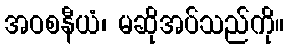
အဝစနီယံ၊ မဆိုအပ်သည်ကို။